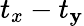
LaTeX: t_{x}-t_{\mathbf{y}}